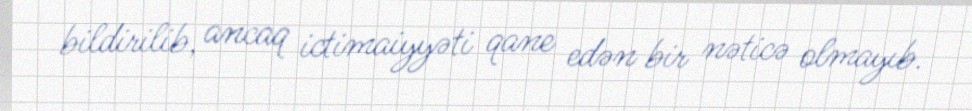
bildirilib, ancaq ictimaiyyəti qane edən bir nəticə olmayıb.